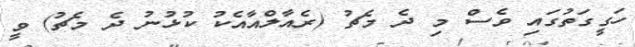
ހަގީގަތުގައި ވެސް މި ދެ މެޗު (ރެއާލްއާއެކު ކުޅުނު ދެ މެޗު) ވީ